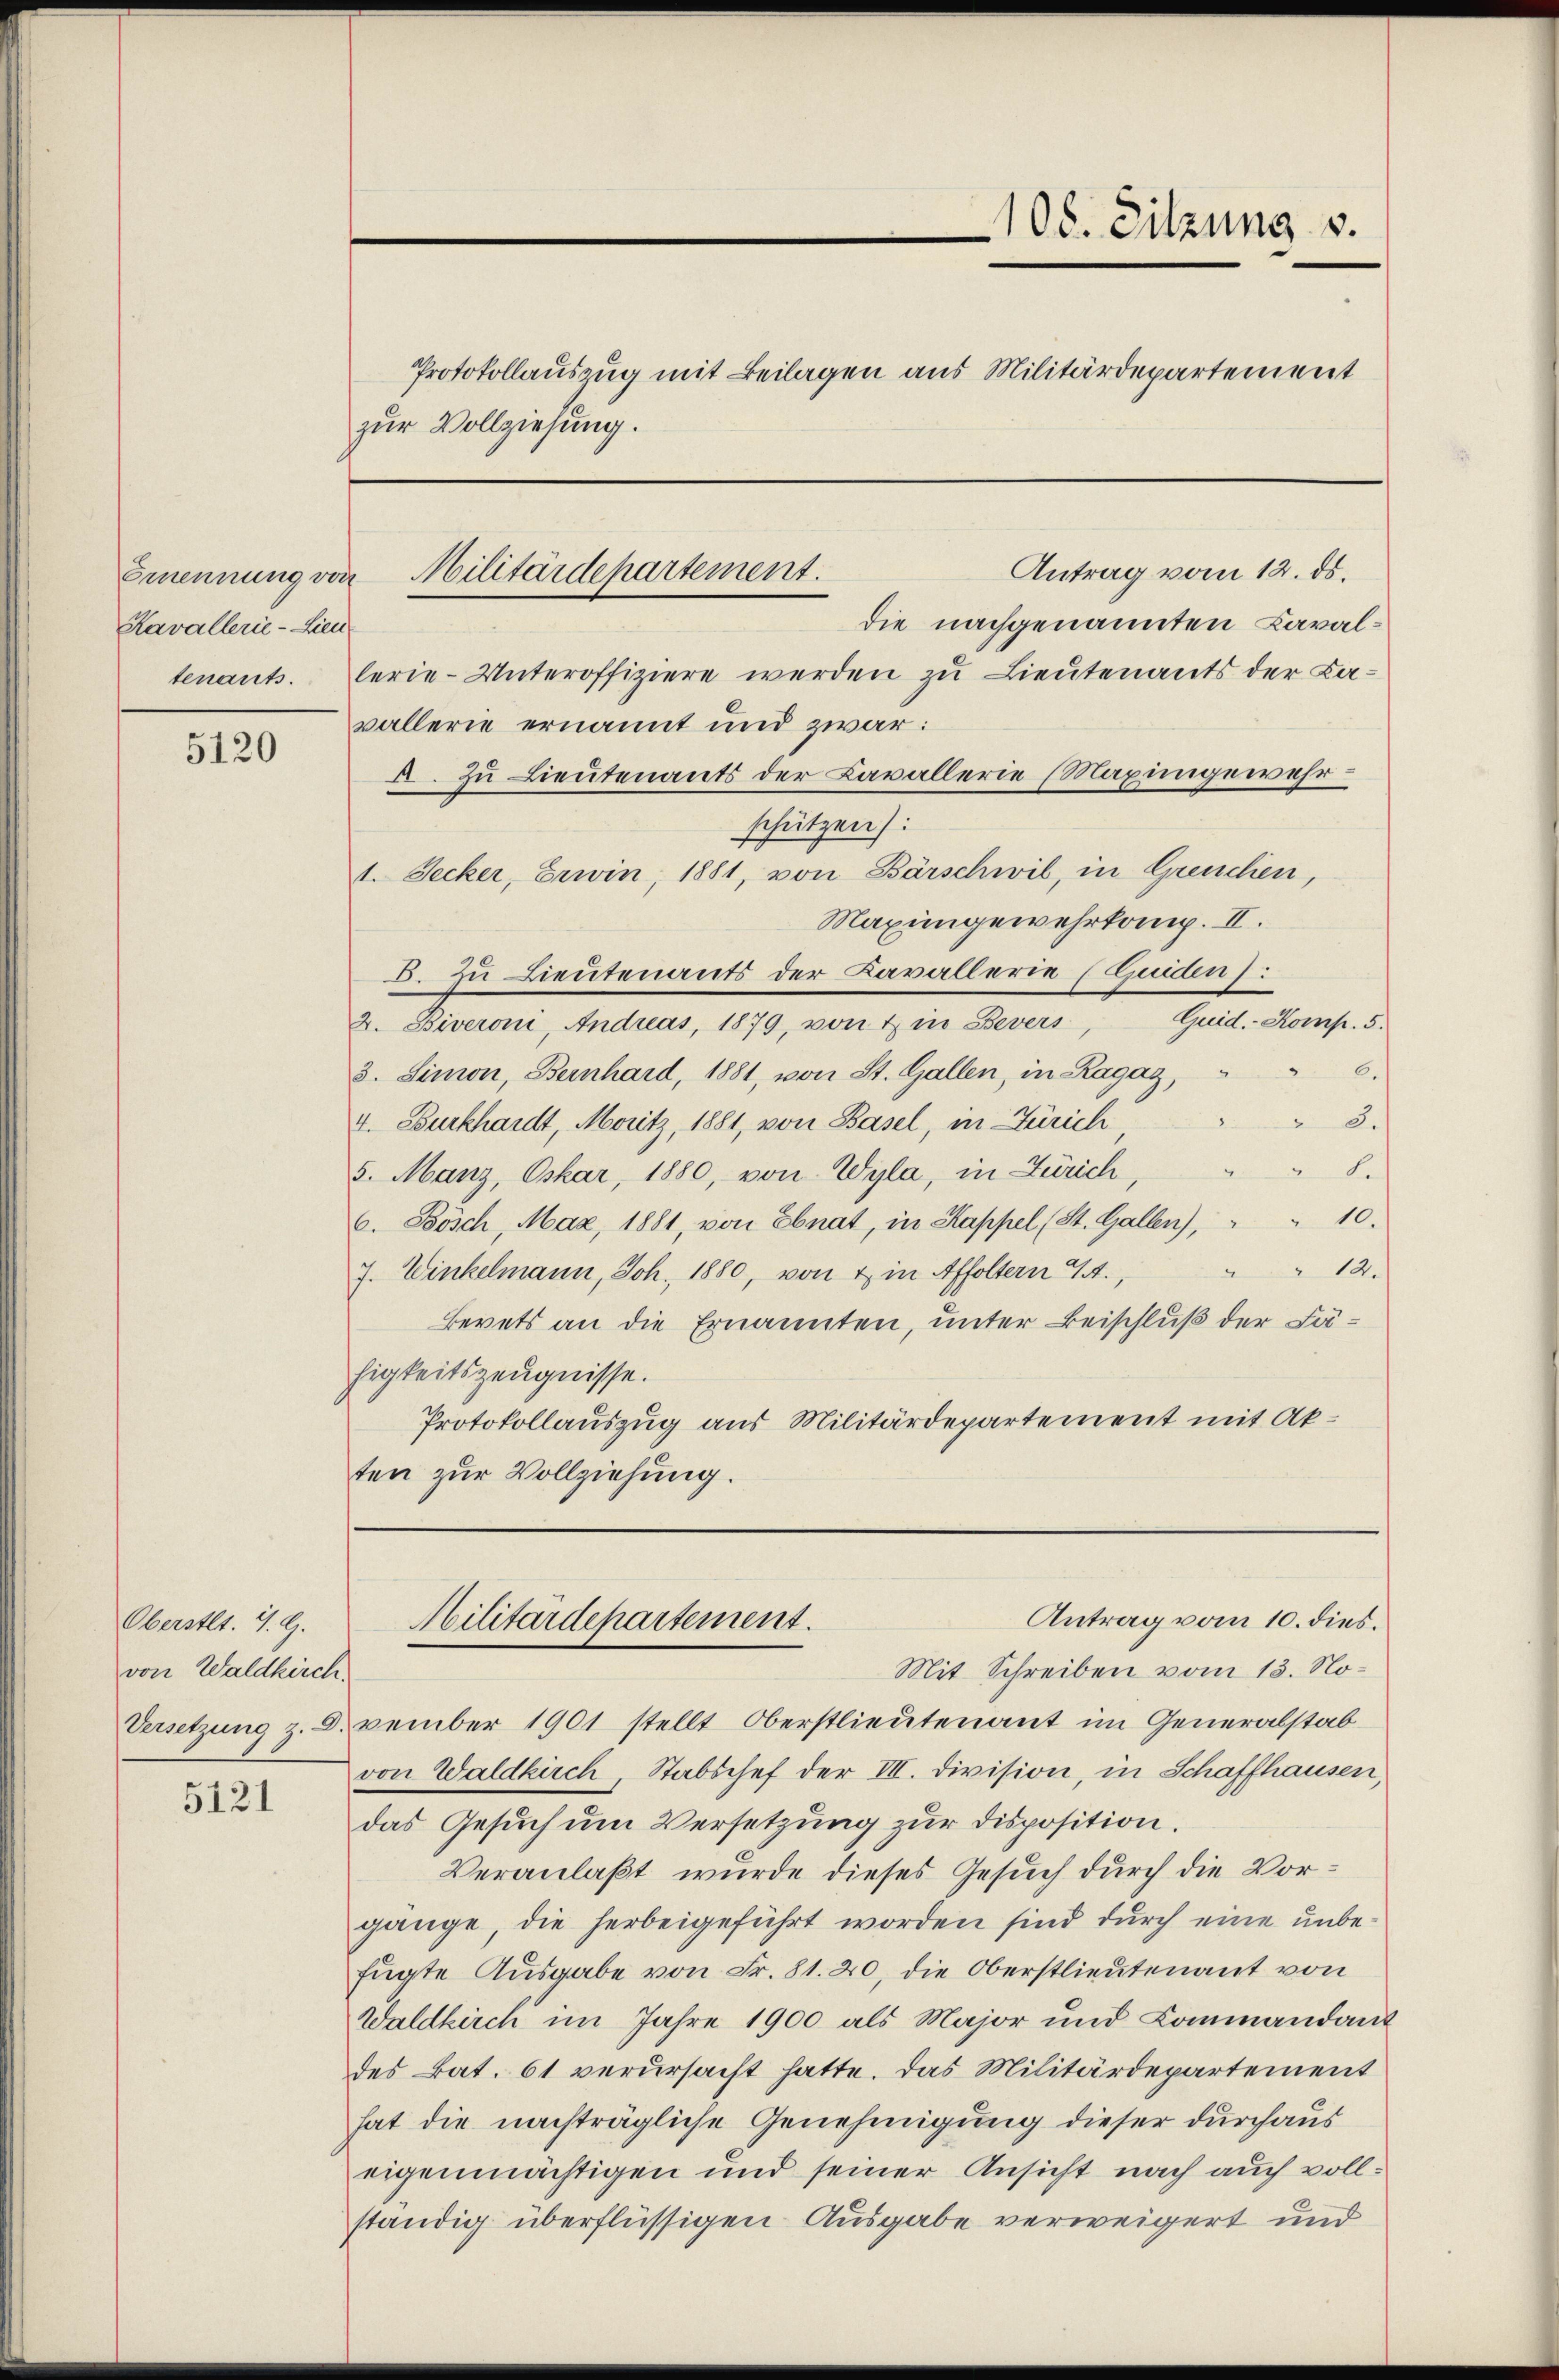
Ernennung von
Kavallerie-Lieu
tenants.

5120

Oberstet. J. G.
von Waldkirch.

5121

Protokollauszug mit Beilagen aus Militärdepartement
zur Vollziehung.

Militärdepartement.

108. Sitzung v.

Antrag vom 12. ds.
die nachgenannten Cavallerie-Unteroffiziere werden zu Lieutenants der La-
vallerie ernannt und zwar:
A. Zu Lieutenants der Cavallerie (Maximgewehrschützen):
1. Secker, Erwin, 1881, von Bärschwil, in Greuchen,
Maxingewehrkamp. II.
B. Zu Lieutenants der Kavallerie (Guiden:
Quid.- Komp. 5.
2. Biveroni, Andreas, 1879, von & in Bevers
6.
3. Simon, Bernhard, 1881, von St. Gallen, in Ragaz,
8.
4. Burkhardt, Moritz, 1881, von Basel, in Zürich
2.)
5. Manz, Oskar, 1880, von Wyla, in Zürich,
6. Bösch, Maz, 1881, von Ebnat, in Kappel (St. Gallen), " " 10.
10.
7. Winkelmann, Joh. 1880, von & in Affoltern I.,
Bevets an die Ernannten, unter Beischluß der Lähigkeitszeugnisse.
Protokollauszug aus Militärdepartement mit Akten zur Vollziehung.

Mit Schreiben vom 13. No¬
Versetzung z. B. vember 1901 stellt Oberstlieutenant im Generalstab
von Waldkirch, Stabschef der III. Division, in Schaffhausen,
das Gesuch um Versetzung zur Disposition.
Veranlaßt wurde dieses Gesuch durch die Vorgänge, die herbeigeführt worden sind durch eine unbefügte Ausgabe von Fr. 81. 20, die Oberstlieutenant von
Waldkirch im Jahre 1900 als Major und Lammandant
des Bat. 61 verursacht hatte. Das Militärdepartement
hat die nachträgliche Genehmigung dieser durchaus
eigenmächtigen und seiner Ansicht nach auch vollständig überflüssigen Ausgabe verweigert und

Antrag vom 10. dies.
Militärdepartement.